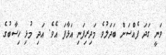
ވަނީ ގަދަ ފެއްސަށް ބަދަލުވެ މަދިރިފަނި އަޅާފަ އެވެ. އަދި މުޅި ހިސާބުގެ